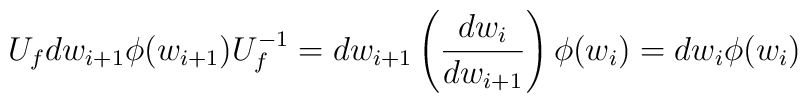
U_{f}dw_{i+1}\phi(w_{i+1})U_f^{-1}=dw_{i+1}\left(\frac{d w_i}{dw_{i+1}} \right)\phi(w_i)=dw_i \phi(w_i)